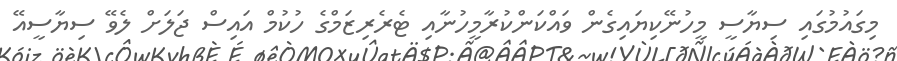
މިގައުމުގައި ސިޔާސީ މީހުނޭކިޔައިގެން ވައްކަންކުރާމީހުނާއި ޓެރެރިޒަމްގެ ހުކުމް އައިސް ޖަލަށް ލެވޭ ސިޔާސީއޭ